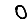
Digit: 0